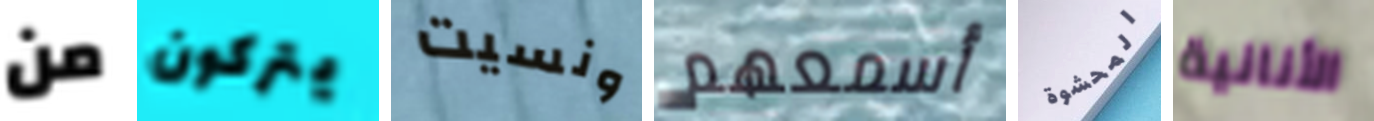
من يتركون ونسيت أسمعهم المحشوة الأنانية